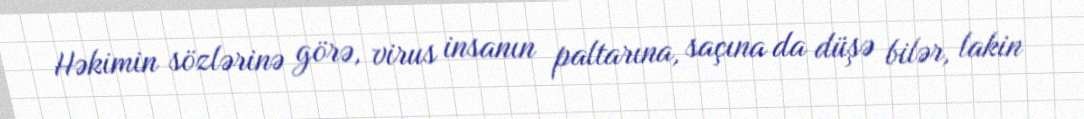
Həkimin sözlərinə görə, virus insanın paltarına, saçına da düşə bilər, lakin